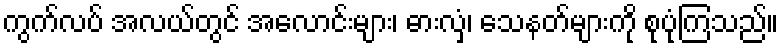
ကွက်လပ် အလယ်တွင် အလောင်းများ၊ ဓားလှံ၊ သေနတ်များကို စုပုံကြသည်။